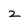
Character: z